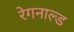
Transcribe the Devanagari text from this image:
रेगनाल्ड